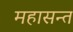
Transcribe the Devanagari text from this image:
महासन्त